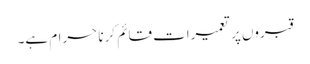
قبروں پر تعمیرات قائم کرنا حرام ہے۔